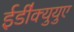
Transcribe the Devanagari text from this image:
ईडी॑क्युयुए